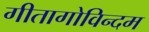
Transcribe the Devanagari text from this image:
गीतागोविन्दम